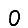
Digit: 0